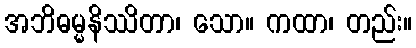
အဘိဓမ္မနိဿိတာ၊ သော။ ကထာ၊ တည်း။